Leaving Certificate Examination (including Day School Certificate (Higher) General paper), 1938
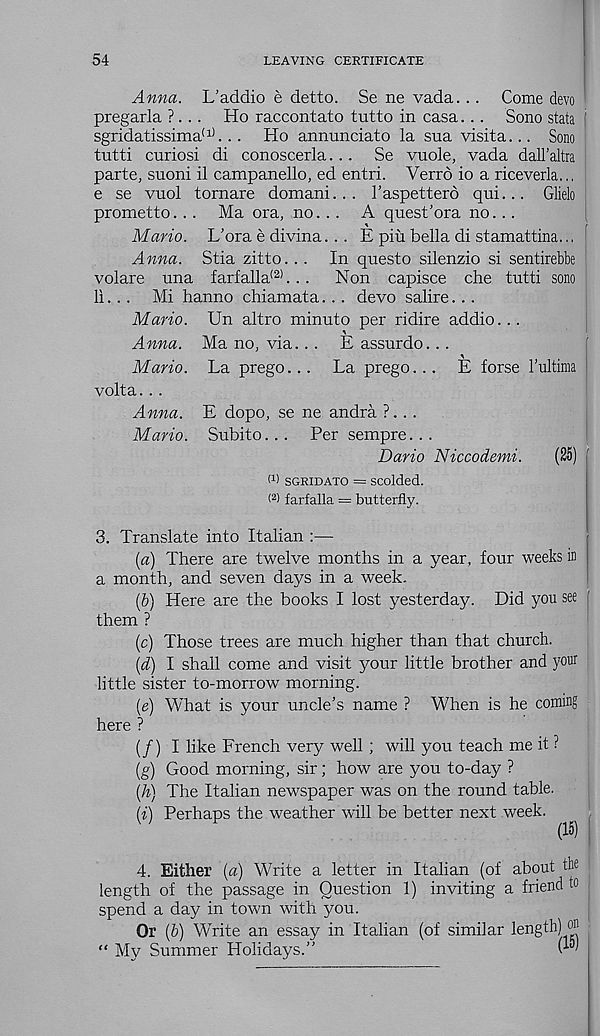
54
LEAVING CERTIFICATE
Anna. L’addio e detto. Se ne vada... Come devo
pregarla ?.. . Ho raccontato tutto in casa... Sono stata 1
sgridatissima (1) ... Ho annunciate la sua visita... Sono
tutti curiosi di conoscerla... Se vuole, vada dall’altra
parte, suoni il campanello, ed entri. Verro io a riceverla..,
e se vuol tornare domani.. . I’aspettero qui... Glielo
prometto. . . Ma ora, no... A quest’ora no...
Mario. L’ora e divina.. . E pin bella di stamattina..,
Anna. Stia zitto.. . In questo silenzio si sentirebbe
volare una farfalla (2) .. .
Non capisce die tutti sono
li. .. Mi hanno chiamata. .. devo salire.. .
Mario. Un altro minuto per ridire addio...
Anna. Ma no, via. . . E assurdo. . .
Mario. La prego... La prego. .. E forse Tultima
volta. . .
Anna. E dopo, se ne andra ?.. .
Mario. Subito... Per sempre. . .
Dario Niccodemi.
(25)
w SGRIDATO = scolded.
( 2 ) farfalla = butterfly.
3. Translate into Italian :—
(a) There are twelve months in a year, four weeks in
a month, and seven days in a week.
(b) Here are the books I lost yesterday. Did you see
them ?
(c) Those trees are much higher than that church.
(d) I shall come and visit your little brother and your
little sister to-morrow morning.
(e) What is your uncle’s name ? When is he coining
here ?
(/) I like French very well ; will you teach me it ?
(g) Good morning, sir; how are you to-day ?
(h) The Italian newspaper was on the round table.
i) Perhaps the weather will be better next week.
1
(15)
4. Either (a) Write a letter in Italian (of about the
length of the passage in Question 1) inviting a friend to
spend a day in town with you.
Or (6) Write an essay in Italian (of similar
“ My Summer Holidays.”
length) 0I |
(15)